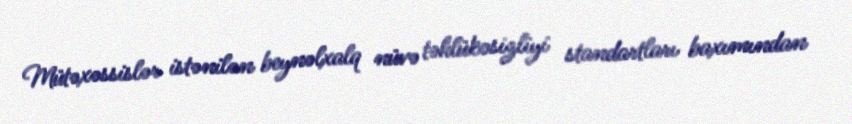
Mütəxəssislər istənilən beynəlxalq nüvə təhlükəsizliyi standartları baxımından